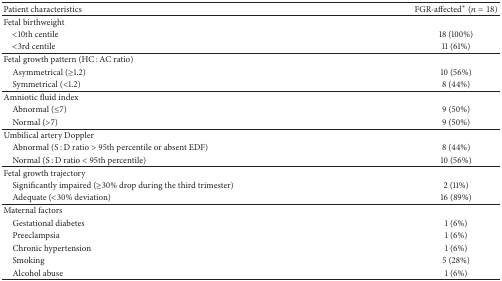
<table><thead><tr><td><b>Patient characteristics</b></td><td><b>FGR-affected<sup><i>∗</i></sup> (<i>n</i> = 18)</b></td></tr></thead><tbody><tr><td>Fetal birthweight</td><td> </td></tr><tr><td> &lt;10th centile</td><td>18 (100%)</td></tr><tr><td> &lt;3rd centile</td><td>11 (61%)</td></tr><tr><td>Fetal growth pattern (HC : AC ratio)</td><td> </td></tr><tr><td> Asymmetrical (≥1.2)</td><td>10 (56%)</td></tr><tr><td> Symmetrical (&lt;1.2)</td><td>8 (44%)</td></tr><tr><td>Amniotic fluid index</td><td> </td></tr><tr><td> Abnormal (≤7)</td><td>9 (50%)</td></tr><tr><td> Normal (&gt;7)</td><td>9 (50%)</td></tr><tr><td>Umbilical artery Doppler</td><td> </td></tr><tr><td> Abnormal (S : D ratio &gt; 95th percentile or absent EDF)</td><td>8 (44%)</td></tr><tr><td> Normal (S : D ratio &lt; 95th percentile)</td><td>10 (56%)</td></tr><tr><td>Fetal growth trajectory</td><td> </td></tr><tr><td> Significantly impaired (≥30% drop during the third trimester)</td><td>2 (11%)</td></tr><tr><td> Adequate (&lt;30% deviation)</td><td>16 (89%)</td></tr><tr><td>Maternal factors</td><td> </td></tr><tr><td> Gestational diabetes</td><td>1 (6%)</td></tr><tr><td> Preeclampsia</td><td>1 (6%)</td></tr><tr><td> Chronic hypertension</td><td>1 (6%)</td></tr><tr><td> Smoking</td><td>5 (28%)</td></tr><tr><td> Alcohol abuse</td><td>1 (6%)</td></tr></tbody></table>